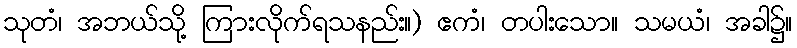
သုတံ၊ အဘယ်သို့ ကြားလိုက်ရသနည်း။) ဧကံ၊ တပါးသော။ သမယံ၊ အခါ၌။